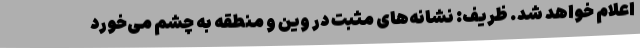
اعلام خواهد شد. ظریف: نشانه‌های مثبت در وین و منطقه به چشم می‌خورد